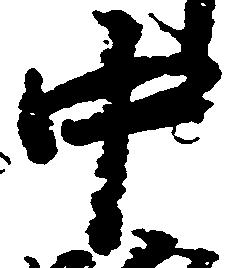
中